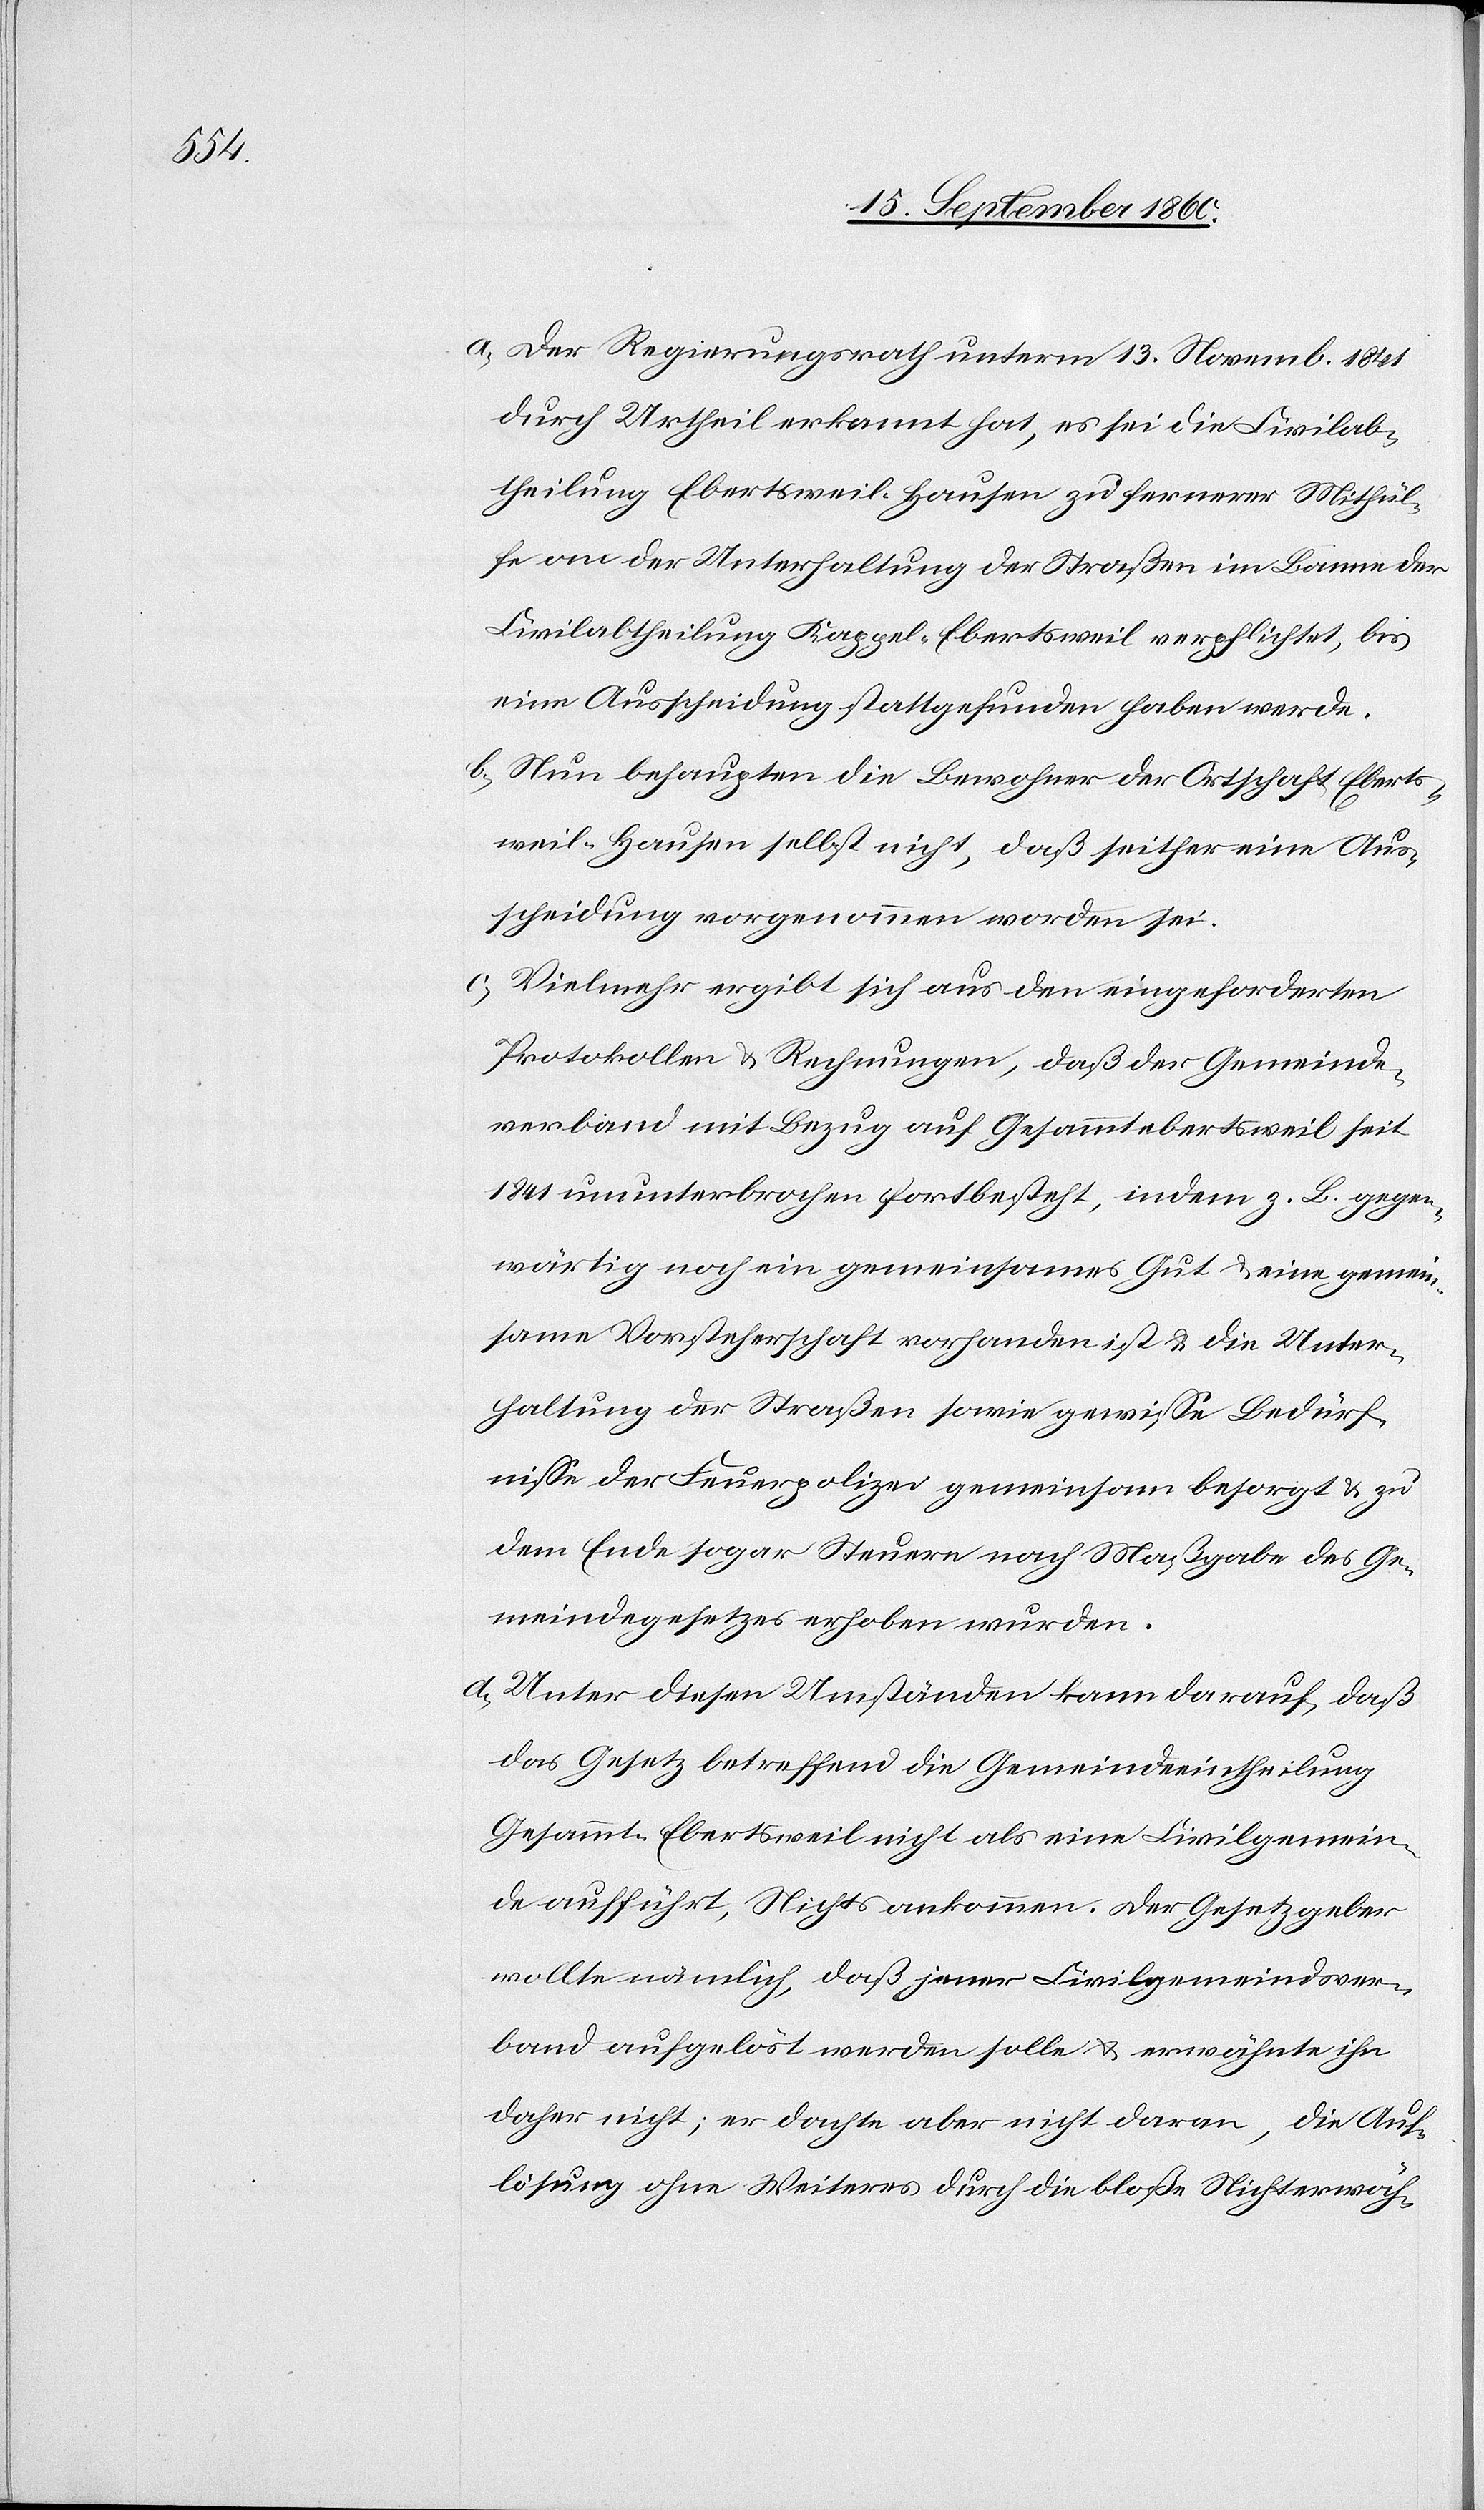
a) Der Regierungsrath unterm 13. Novemb. 1841
durch Urtheil erkannt hat, es sei die Civilab¬
theilung Ebertsweil-Hausen zu fernerer Mithül¬
fe an der Unterhaltung der Straßen im Banne der
Civilabtheilung Kappel-Ebertsweil verpflichtet, bis
eine Ausscheidung stattgefunden haben werde.
b) Nun behaupten die Bewohner der Ortschaft Eberts¬
weil-Hausen selbst nicht, daß seither eine Aus¬
scheidung vorgenommen worden sei.
c) Vielmehr ergibt sich aus den eingeforderten
Protokollen u. Rechnungen, daß der Gemeinde¬
verband mit Bezug auf Gesammtebertsweil seit
1841 ununterbrochen fortbesteht, indem z. B. gegen¬
wärtig noch ein gemeinsames Gut u. eine gemein¬
same Vorsteherschaft vorhanden ist u. die Unter¬
haltung der Straßen sowie gewisse Bedürf¬
nisse der Feuerpolizei gemeinsam besorgt u. zu
dem Ende sogar Steuern nach Maßgabe des Ge¬
meindegesetzes erhoben wurden.
d) Unter diesen Umständen kann darauf, daß
das Gesetz betreffend die Gemeindeeintheilung
Gesammt-Ebertsweil nicht als eine Civilgemein¬
de aufführt, Nichts ankommen. Der Gesetzgeber
wollte nämlich, daß jener Civilgemeindsver¬
band aufgelöst werden solle u. erwähnte ihn
daher nicht; er dachte aber nicht daran, die Auf¬
lösung ohne Weiteres durch die bloße Nichterwäh-